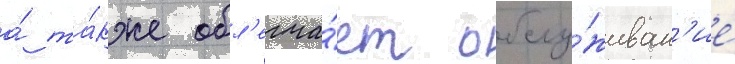
а́ та́кже обл'егча́ет обслу́живан'ие